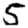
Digit: 5